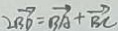
2 \overrightarrow { B D } = \overrightarrow { B A } + \overrightarrow { B C }